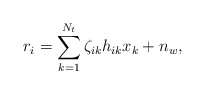
\begin{align*} r_i = \sum_{k =1}^{N_t}\zeta_{ik}h_{ik}x_k + n_w, \end{align*}